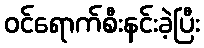
ဝင်ရောက်စီးနင်းခဲ့ပြီး